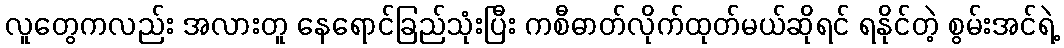
လူတွေကလည်း အလားတူ နေရောင်ခြည်သုံးပြီး ကစီဓာတ်လိုက်ထုတ်မယ်ဆိုရင် ရနိုင်တဲ့ စွမ်းအင်ရဲ့